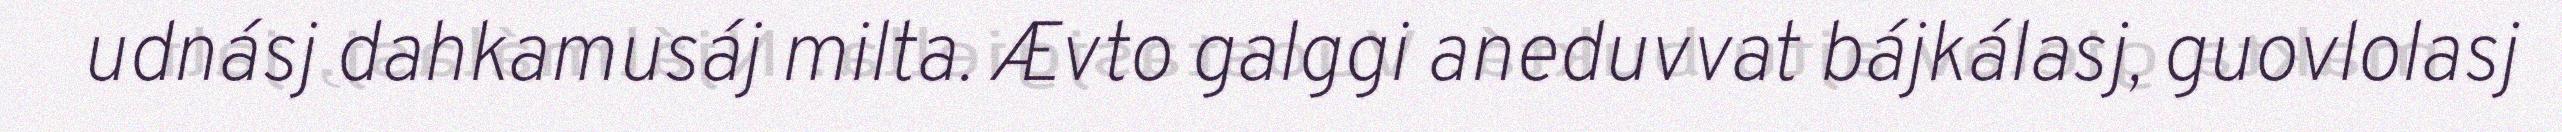
udnásj dahkamusáj milta. Ævto galggi aneduvvat bájkálasj, guovlolasj